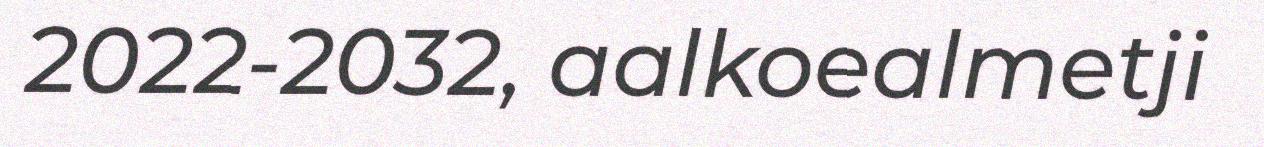
2022-2032, aalkoealmetji